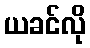
ယခင်လို